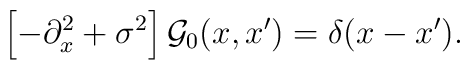
\left[-\partial_x^2+\sigma^2\right]{\cal G}_0(x,x')=\delta(x-x').